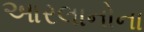
આરલાનોના